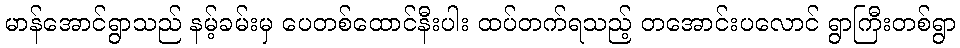
မာန်အောင်ရွာသည် နမ့်ခမ်းမှ ပေတစ်ထောင်နီးပါး ထပ်တက်ရသည့် တအောင်းပလောင် ရွာကြီးတစ်ရွာ